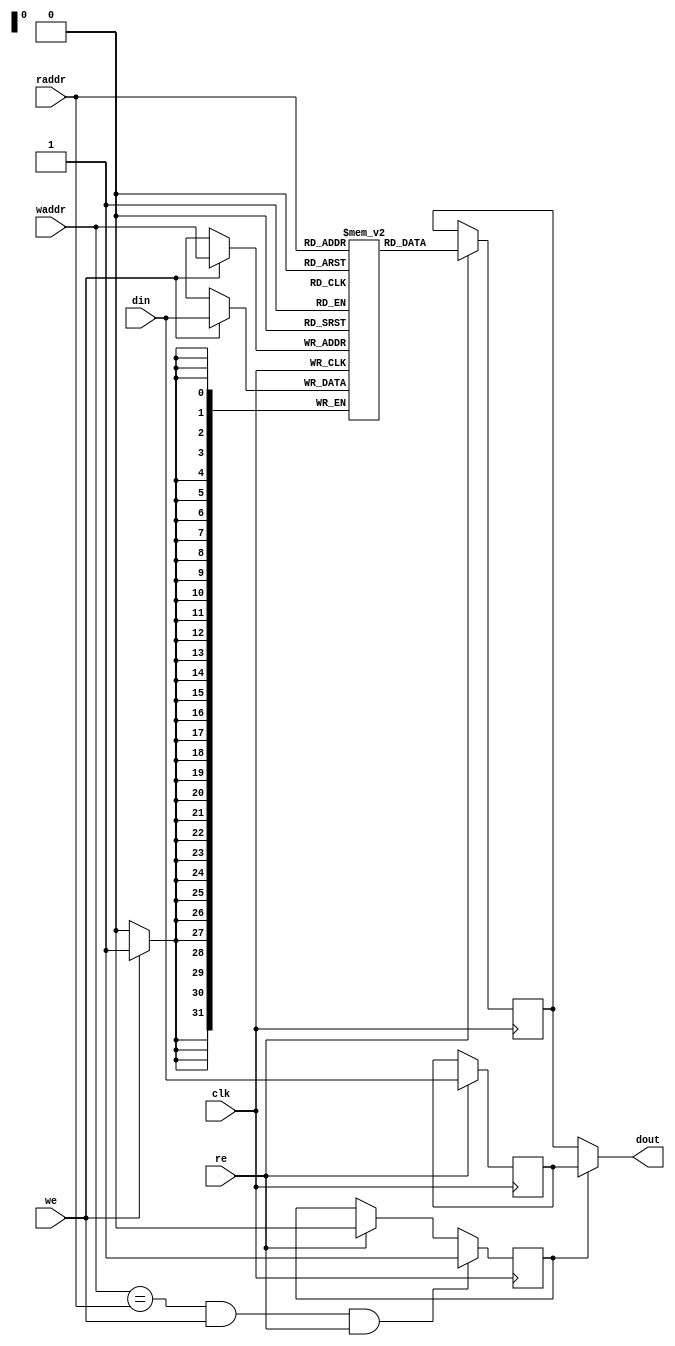
module mor1kx_simple_dpram_sclk
  #(
    parameter ADDR_WIDTH = 32,
    parameter DATA_WIDTH = 32,
    parameter CLEAR_ON_INIT = 0,
    parameter ENABLE_BYPASS = 1
    )
   (
    input 		    clk,
    input [ADDR_WIDTH-1:0]  raddr,
    input 		    re,
    input [ADDR_WIDTH-1:0]  waddr,
    input 		    we,
    input [DATA_WIDTH-1:0]  din,
    output [DATA_WIDTH-1:0] dout
    );

   reg [DATA_WIDTH-1:0]     mem[(1<<ADDR_WIDTH)-1:0];
   reg [DATA_WIDTH-1:0]     rdata;

generate
if(CLEAR_ON_INIT) begin :clear_on_init
   integer 		    idx;
   initial
     for(idx=0; idx < (1<<ADDR_WIDTH); idx=idx+1)
       mem[idx] = {DATA_WIDTH{1'b0}};
end
endgenerate

generate
if (ENABLE_BYPASS) begin : bypass_gen
   reg [DATA_WIDTH-1:0]     din_r;
   reg 			    bypass;

   assign dout = bypass ? din_r : rdata;

   always @(posedge clk)
     if (re)
       din_r <= din;

   always @(posedge clk)
     if (waddr == raddr && we && re)
       bypass <= 1;
     else if (re)
       bypass <= 0;
end else begin
   assign dout = rdata;
end
endgenerate

   always @(posedge clk) begin
      if (we)
	mem[waddr] <= din;
      if (re)
	rdata <= mem[raddr];
   end

/*--------------Formal checking---------------*/

`ifdef FORMAL

   reg f_past_valid;
   wire f_bypass;

   initial f_past_valid = 1'b0;
   always @(posedge clk)
      f_past_valid <= 1'b1;

   assign f_bypass = waddr == raddr && we && re && ENABLE_BYPASS;

`ifdef SDPRAM

   (* anyconst *) wire [ADDR_WIDTH-1:0] f_addr;
   reg [DATA_WIDTH-1:0] f_data;

   initial assume (f_data == mem[f_addr]);
   always @(*)
	assert(mem[f_addr] == f_data);

   //Writing f_data at address f_addr
   always @(posedge clk)
      if (we && waddr == f_addr)
         f_data <= din;

   //Read access for the non bypass case
   always @(posedge clk)
      if (f_past_valid && $past(re) && $past(raddr == f_addr)
          && $past(!f_bypass))
         assert (dout == $past(f_data));

   always @(posedge clk) begin
       c0_write: cover (f_past_valid && we);
       c1_read: cover (f_past_valid && re);
       c2_bypass: cover (f_past_valid && waddr == raddr && we && re);
   end

`endif

   //Read access for the bypass case
   always @(posedge clk)
      if (f_past_valid && $past(f_bypass))
         assert (dout == $past(din));

   //Output data should remain unchanged if there is no read enable
   always @(posedge clk)
      if (f_past_valid && !$past(re))
         assert ($stable(dout));

   //Output data changes only if there is read or write enable
   always @(posedge clk)
      if (f_past_valid && $changed(dout))
         assert ($past(re) | $past(we));
`endif

endmodule